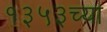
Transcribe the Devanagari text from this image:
१३५३च्या